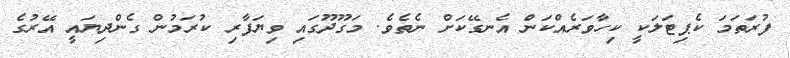
ފުރަތަމަ ކެޕިޓަލަކީ ކިހާވަރެއްކަން އެނގޭކަށް ނެތެވެ. މަގޫދޫގައި ވިޔަފާރި ކުރަމުން ގެންދިޔައީ އޭރުގެ